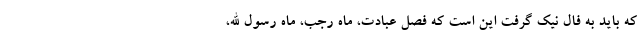
که باید به فال نیک گرفت این است که فصل عبادت، ماه رجب، ماه رسول الله،